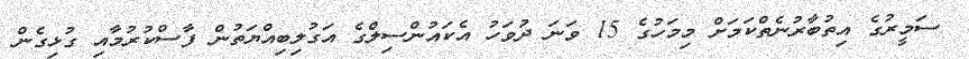
ސަމީރުގެ އިތުބާރުނެތްކަމަށް މިމަހުގެ 15 ވަނަ ދުވަހު އެކައުންސިލްގެ އަގުލިބިއްޔަތުން ފާސްކުރުމާއި ގުޅިގެން